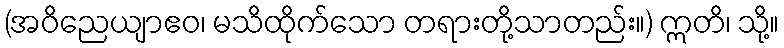
(အဝိညေယျာဧဝ၊ မသိထိုက်သော တရားတို့သာတည်း။) ဣတိ၊ သို့။